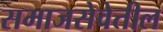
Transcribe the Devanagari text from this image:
समाजसेवेतील